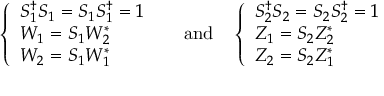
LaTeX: \left\{ \begin{array} { l } { { S _ { 1 } ^ { \dagger } S _ { 1 } = S _ { 1 } S _ { 1 } ^ { \dagger } = 1 } } \\ { { W _ { 1 } = S _ { 1 } W _ { 2 } ^ { * } } } \\ { { W _ { 2 } = S _ { 1 } W _ { 1 } ^ { * } } } \end{array} \right. \ \quad \mathrm { a n d } \quad \left\{ \begin{array} { l } { { S _ { 2 } ^ { \dagger } S _ { 2 } = S _ { 2 } S _ { 2 } ^ { \dagger } = 1 } } \\ { { Z _ { 1 } = S _ { 2 } Z _ { 2 } ^ { * } } } \\ { { Z _ { 2 } = S _ { 2 } Z _ { 1 } ^ { * } } } \end{array} \right.